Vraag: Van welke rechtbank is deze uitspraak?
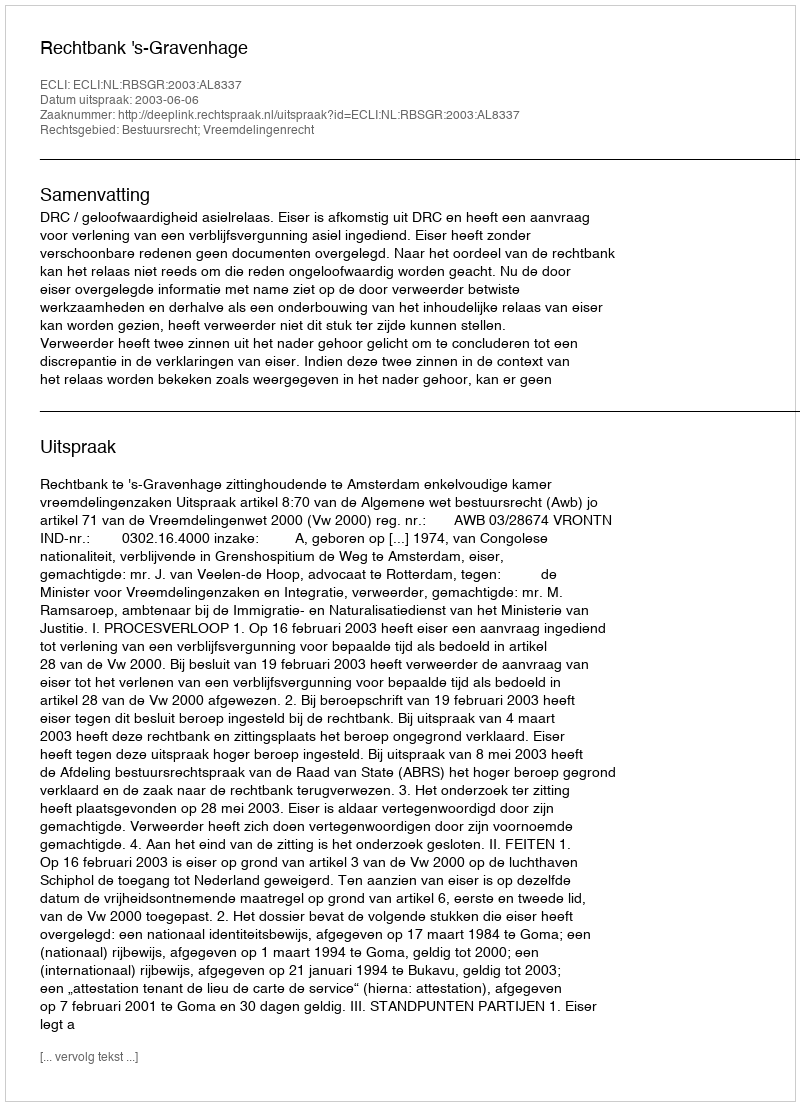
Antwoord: Rechtbank 's-Gravenhage